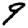
Digit: 9